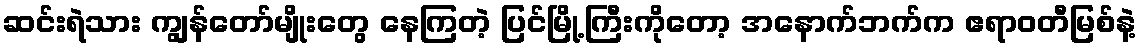
ဆင်းရဲသား ကျွန်တော်မျိုးတွေ နေကြတဲ့ ပြင်မြို့ကြီးကိုတော့ အနောက်ဘက်က ဧရာဝတီမြစ်နဲ့